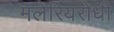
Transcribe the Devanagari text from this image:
मलेरियरोधी